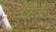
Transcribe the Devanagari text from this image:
फिंके